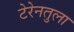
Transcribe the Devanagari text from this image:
टेरेनतुला